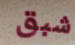
شبق